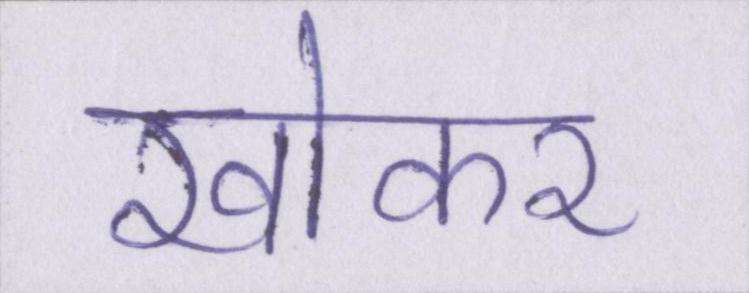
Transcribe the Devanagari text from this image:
खोकर